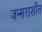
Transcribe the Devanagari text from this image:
जन्मराशीत